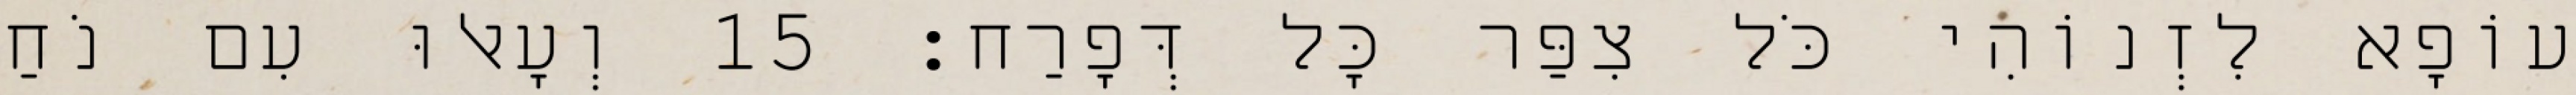
עוֹפָא לִזְנוֹהִי כֹּל צִפַּר כָּל דְּפָרַח׃ 15 וְעָאלוּ עִם נֹחַ